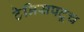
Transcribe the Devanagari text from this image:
टेनिसपटूच